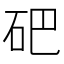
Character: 𥑁